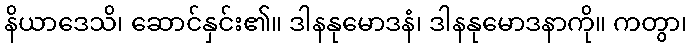
နိယာဒေသိ၊ ဆောင်နှင်း၏။ ဒါနနုမောဒနံ၊ ဒါနနုမောဒနာကို။ ကတွာ၊